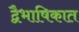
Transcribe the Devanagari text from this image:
द्वैभाषिकात